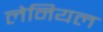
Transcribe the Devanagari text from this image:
लेनियल